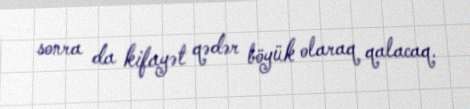
sonra da kifayət qədər böyük olaraq qalacaq.